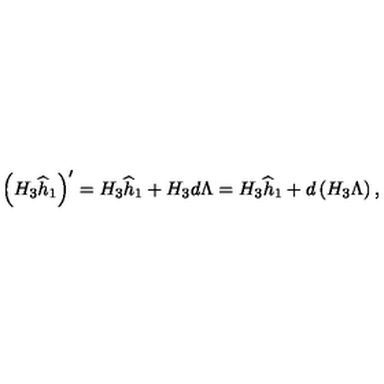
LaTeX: \left( H _ { 3 } \widehat h _ { 1 } \right) ^ { \prime } = H _ { 3 } \widehat h _ { 1 } + H _ { 3 } d \Lambda = H _ { 3 } \widehat h _ { 1 } + d \left( H _ { 3 } \Lambda \right) ,